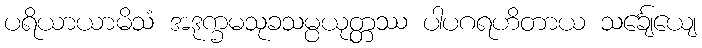
ပရိယာယာမိသံ အဒုက္ခမသုခသမ္ပယုတ္တဿ ပါပဂရဟိတာယ သင်္ချေယျေ